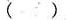
()